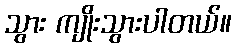
သွား ကျိုးသွားပါတယ်။